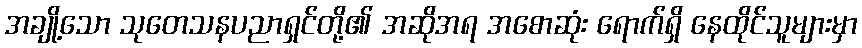
အချို့သော သုတေသနပညာရှင်တို့၏ အဆိုအရ အစောဆုံး ရောက်ရှိ နေထိုင်သူများမှာ